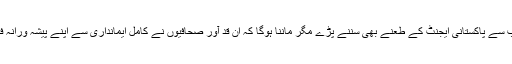
یہی وجہ ہے کہ برکھا دت اور راج دیپ کو سوشل میڈیا پر بھارتیوں کی جانب سے پاکستانی ایجنٹ کے طعنے بھی سننے پڑے مگر ماننا ہوگا کہ ان قد آور صحافیوں نے کامل ایمانداری سے اپنے پیشہ ورانہ فرائض انجام دئیے اور نہایت خوشگوار یادیں لئے پاکستان سے رخصت ہوئے۔